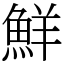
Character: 鮮